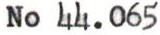
No 44.065